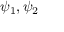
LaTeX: \psi _ { 1 } , \psi _ { 2 } \,